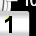
Digit: 1